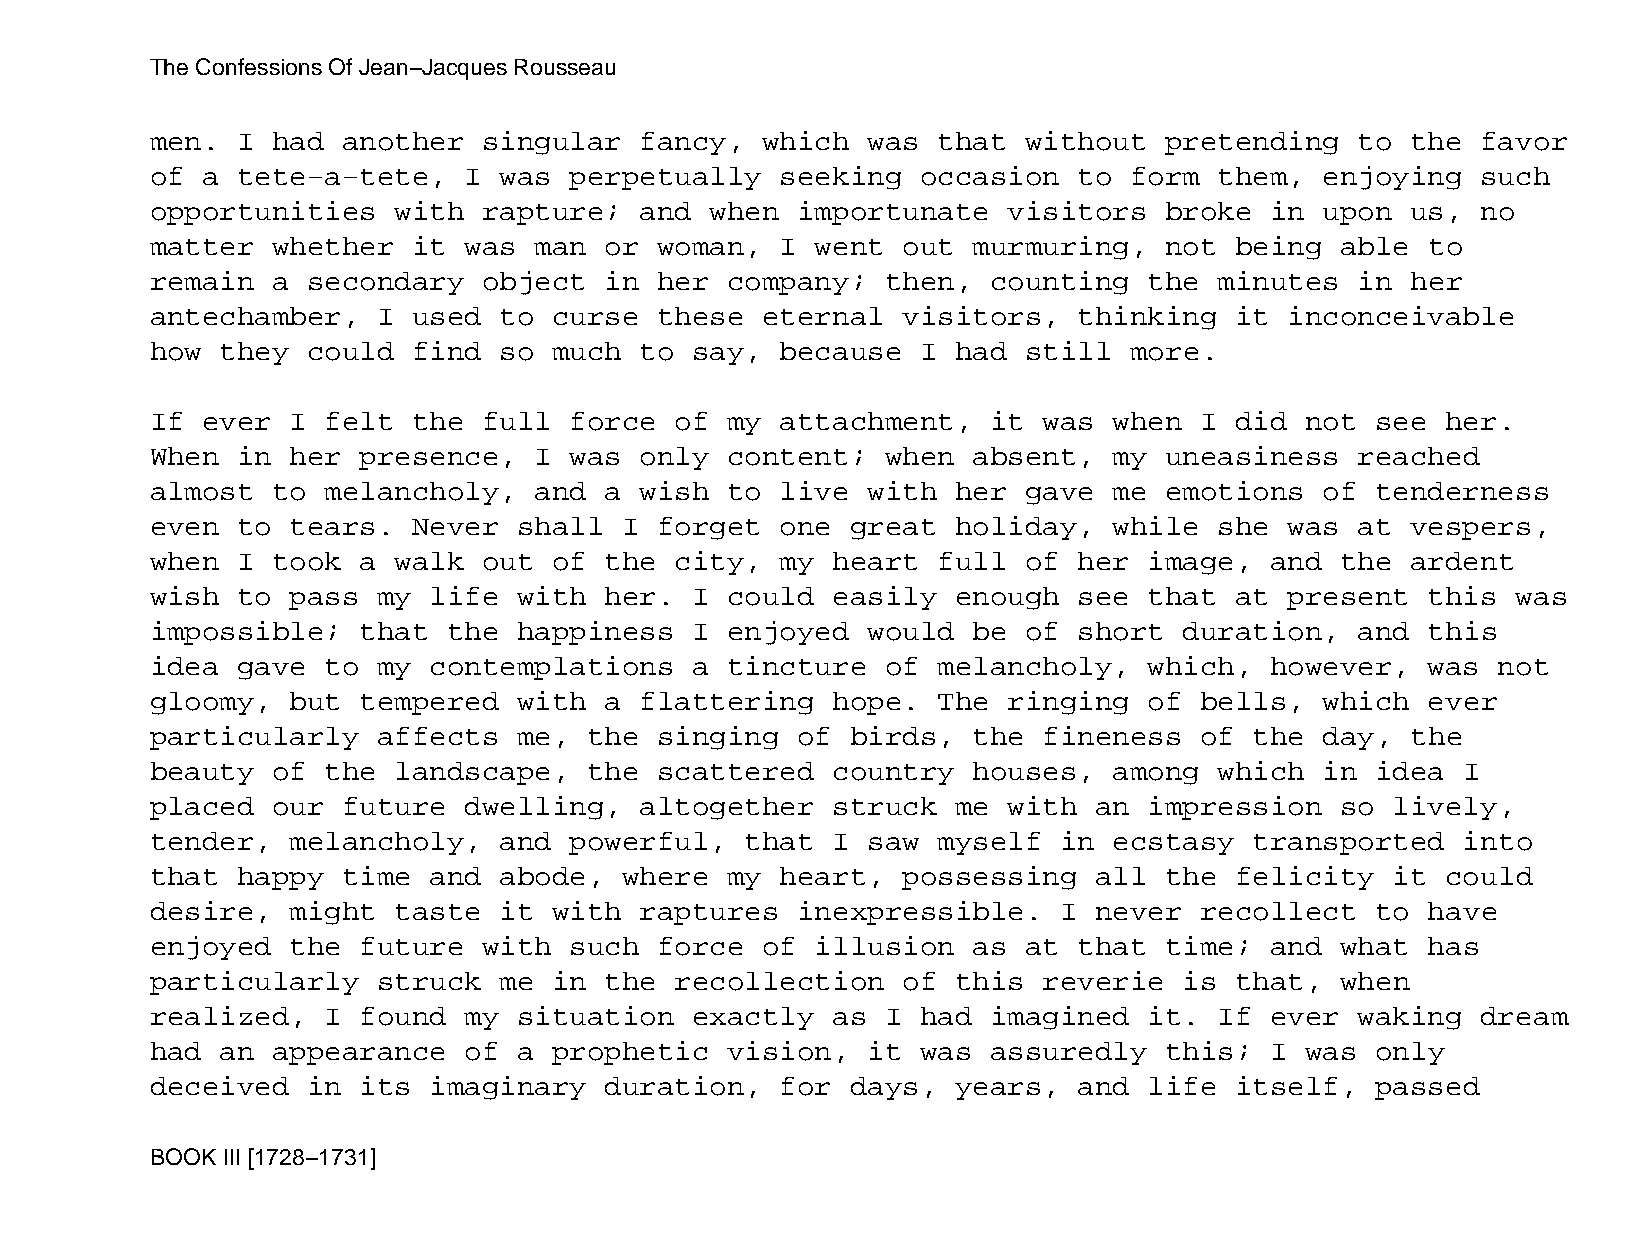
The Confessions Of Jean−Jacques Rousseau
 men.  I had  another  singular  fancy,  which  was  that  without  pretending   to the  favor
 of a  tete−a−tete,   I was  perpetually   seeking  occasion  to  form  them,  enjoying  such
 opportunities   with  rapture;  and  when  importunate   visitors  broke  in  upon us,  no
 matter  whether  it  was man  or  woman,  I went  out murmuring,   not  being  able  to
 remain  a secondary   object  in  her company;   then,  counting  the  minutes  in her
 antechamber,   I used  to  curse  these eternal   visitors,  thinking   it inconceivable
 how  they could  find  so  much to  say,  because  I had  still  more.
 If ever  I  felt the  full  force  of my  attachment,   it was  when I  did not  see  her.
 When  in her  presence,  I  was only  content;   when absent,   my uneasiness   reached
 almost  to  melancholy,  and  a wish  to  live with  her  gave  me emotions   of tenderness
 even  to tears.  Never  shall  I  forget  one great  holiday,   while  she was  at vespers,
 when  I took  a walk  out  of the  city,  my heart  full  of her  image,  and  the ardent
 wish  to pass  my life  with  her.  I could  easily  enough  see  that  at present   this was
 impossible;   that  the happiness   I enjoyed  would  be  of short  duration,   and  this
 idea  gave  to my contemplations    a tincture   of melancholy,   which,  however,   was not
 gloomy,  but  tempered  with  a flattering   hope.  The  ringing  of bells,   which  ever
 particularly   affects  me,  the  singing  of birds,  the  fineness  of  the  day, the
 beauty  of  the landscape,   the  scattered  country  houses,   among  which  in idea  I
 placed  our  future  dwelling,  altogether   struck  me  with an  impression   so lively,
 tender,  melancholy,   and  powerful,  that  I saw  myself  in  ecstasy  transported   into
 that  happy  time and  abode,  where  my  heart,  possessing  all  the  felicity  it  could
 desire,  might  taste  it  with raptures   inexpressible.   I never  recollect   to  have
 enjoyed  the  future  with  such  force of  illusion  as  at that  time;  and  what  has
 particularly   struck  me  in the  recollection   of this  reverie  is  that,  when
 realized,   I found  my situation   exactly  as  I had  imagined  it.  If ever  waking  dream
 had  an appearance   of a  prophetic  vision,  it  was  assuredly  this;  I was  only
 deceived  in  its imaginary   duration,   for days,  years,  and  life  itself,  passed
 BOOK III [1728−1731]